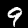
Digit: 9